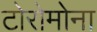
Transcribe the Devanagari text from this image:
टोरोमोना